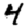
Digit: 4